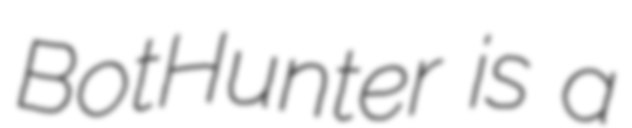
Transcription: BotHunter is a